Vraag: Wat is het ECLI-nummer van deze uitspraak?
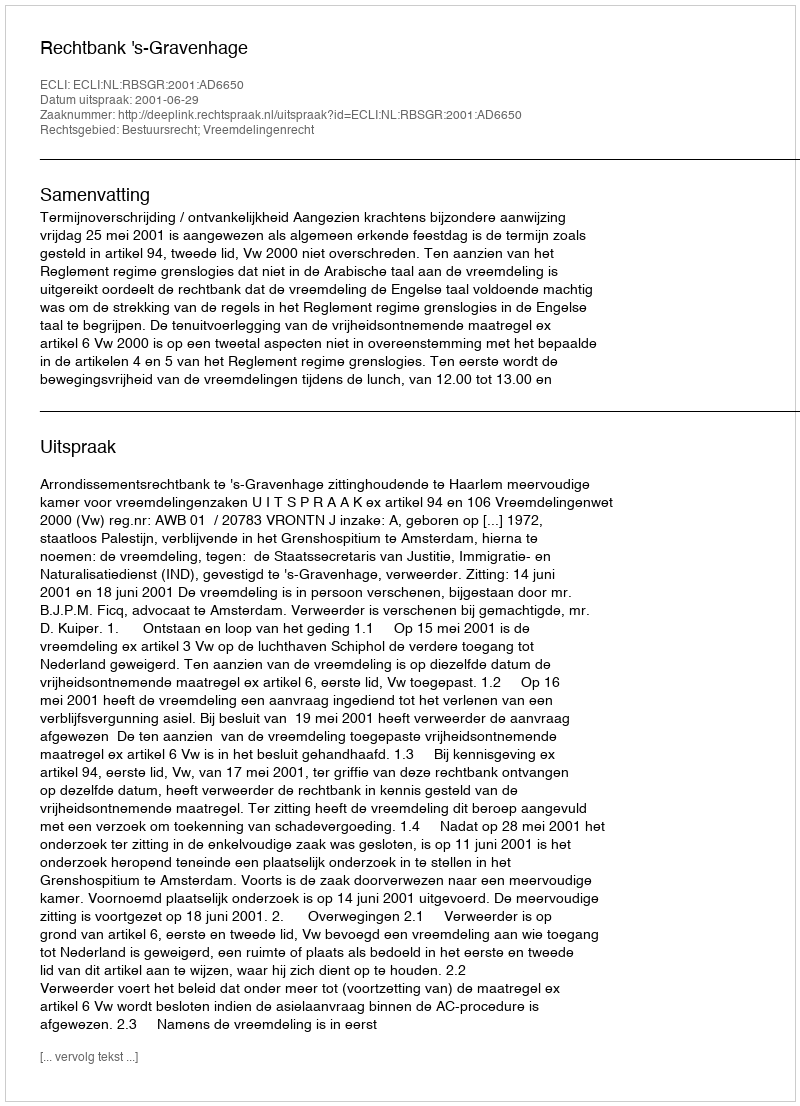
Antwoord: ECLI:NL:RBSGR:2001:AD6650